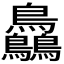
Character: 𪈼